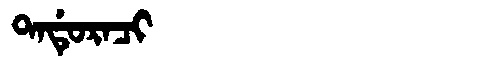
Manchu: ᡨᠠᡩᡠᡵᠠᠴᡳ
Romanization: TADURACI